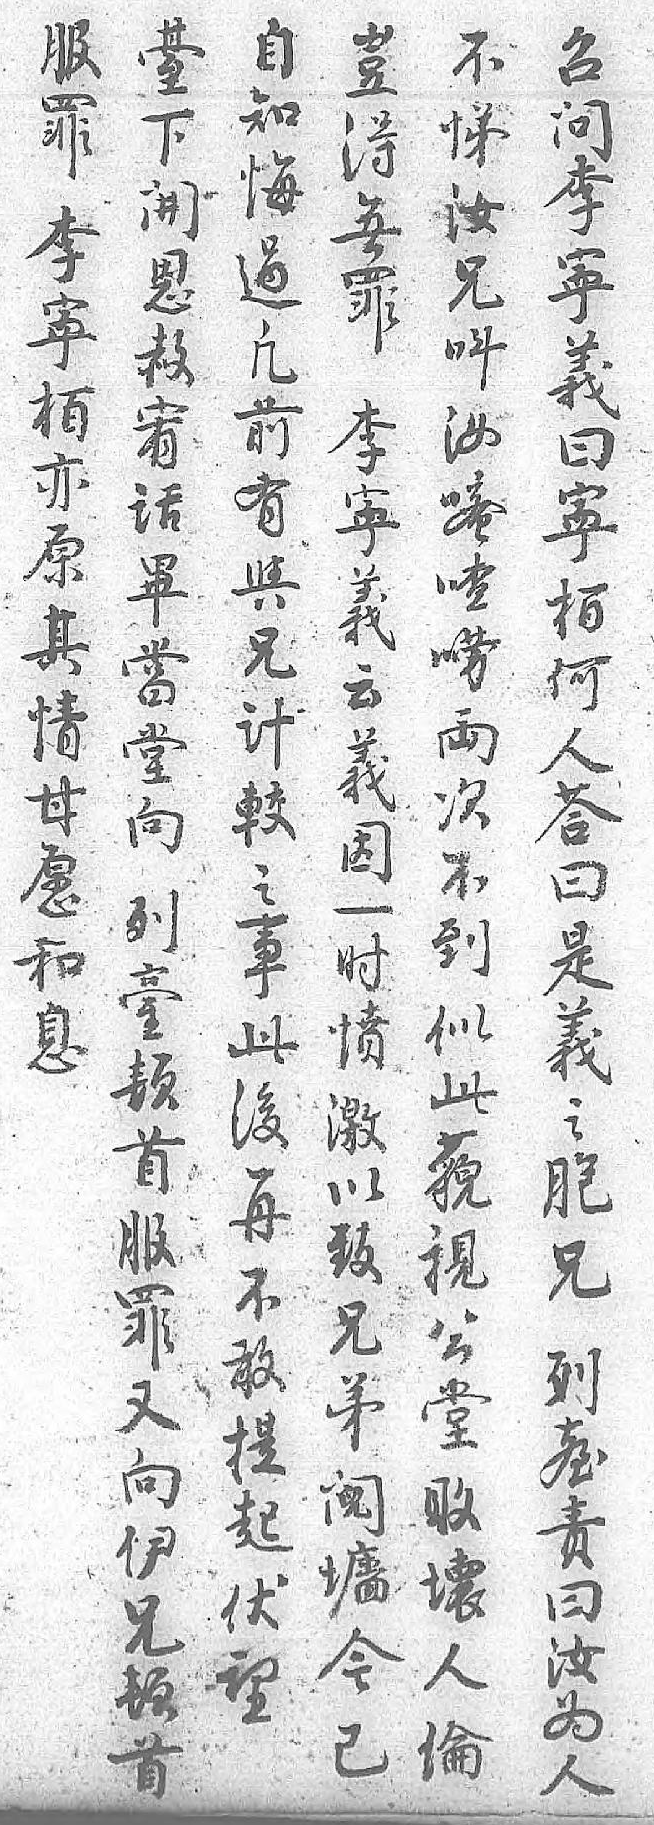
服豈𦤼自不召罪得下知悌问李無開悔汝李寕罪恩過兄寕栢李赦凣呌義亦寕宥前汝曰原義话有嘧寕其云畢與喳栢情義當兄唠何甘因堂计両人愿一向較次荅和时列之不曰息愤𦤼事到是 激顿此似義 以首後此之 致服再藐胞 兄罪不視兄 弟又敢公列 阋向提堂𦤼 𡓜伊起敗责 今兄伏壊曰 已顿望人汝  首 倫为     人